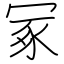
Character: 冢